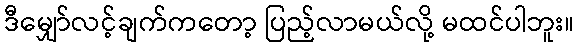
ဒီမျှော်လင့်ချက်ကတော့ ပြည့်လာမယ်လို့ မထင်ပါဘူး။